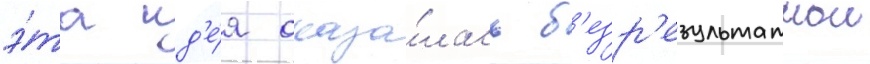
э́та ид'е́я оказа́лась б'езр'езультатнои